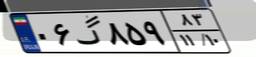
۰۶گ۸۵۹۸۳